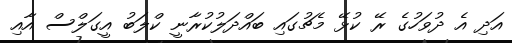
އަދި އެ ދުވަހުގެ ރޭ ކުޅޭ މެޗުގައި ބައްދަލުކުރާނީ ކްލަބު އީގަލްސް އާއި